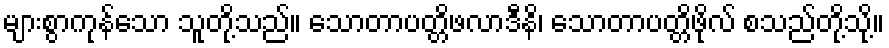
များစွာကုန်သော သူတို့သည်။ သောတာပတ္တိဖလာဒီနိ၊ သောတာပတ္တိဖိုလ် စသည်တို့သို့။